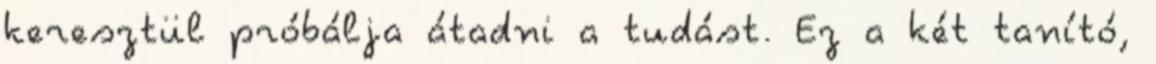
keresztül próbálja átadni a tudást. Ez a két tanító,